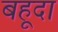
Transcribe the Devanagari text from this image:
बहूदा